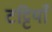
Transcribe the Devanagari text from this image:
टट्टियाँ